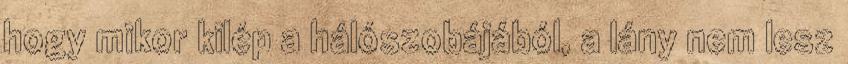
hogy mikor kilép a hálószobájából, a lány nem lesz